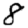
Digit: 8